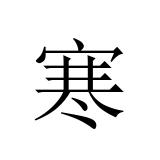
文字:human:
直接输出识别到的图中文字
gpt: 寒